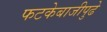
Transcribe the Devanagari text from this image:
फटकेबाजीपुढे